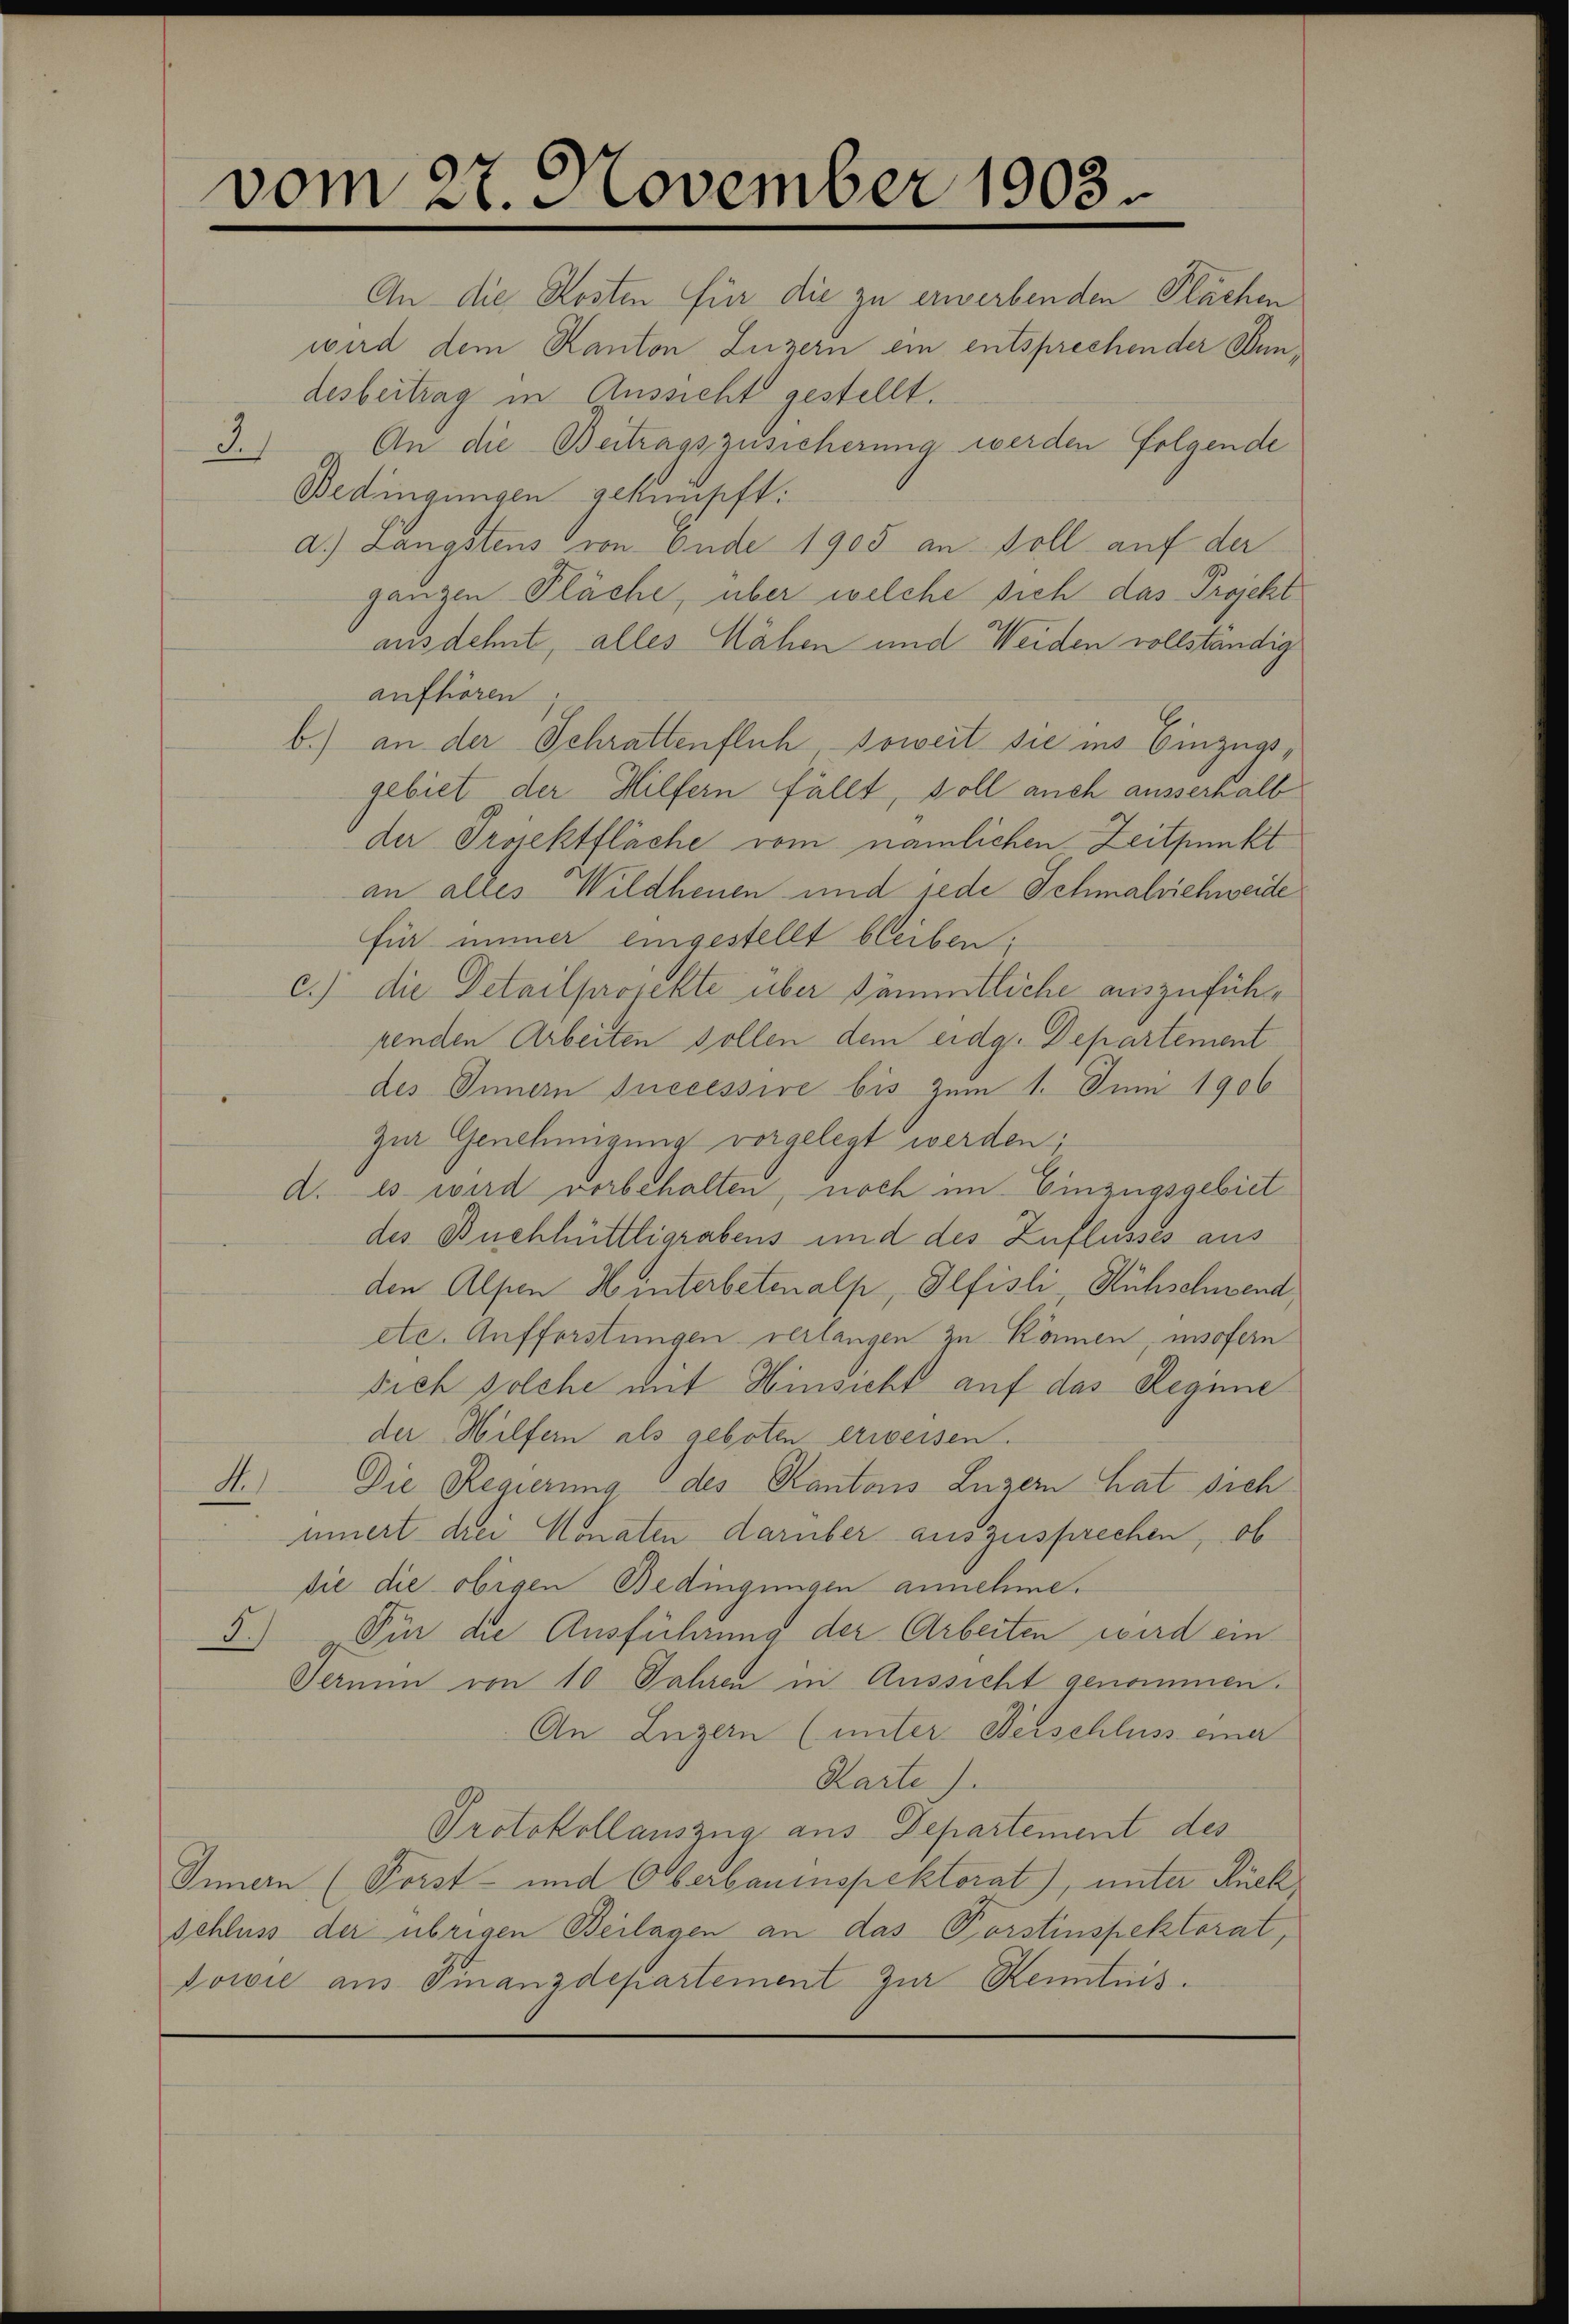
vom 27. November 1903.

An die Kosten für die zu erwerbenden Flächen
wird dem Kanton Luzern ein entsprechender Bundesbeitrag in Aussicht gestellt.
An die Beitragszusicherung werden folgende
Bedingungen geknüpft:
d.) Langstens von Ende 1905 an soll auf der
gangen Pläche, über welche sich das Projekt
ausdehnt, alles Nähen und Weiden vollständig
aufhören
b.) an der Schrattenfluh, soweit sie ins Einzugsgebiet der Hilfern fällt, soll auch ausserhalb
der Projektfläche vom nämlichen Zeitpunkt
an alles Wildheuen und jede Schmalschweide
für immer eingestellt bleiben;
c.) die Detailprojekte über sämmtliche auszuführrenden Arbeiten sollen dem eidg. Departement
des Innern successive bis zum 1. Juni 1906
Zur Genehmigung vorgelegt werden;
d. Es wird vorbehalten, noch im Einzugsgebiet
des Buchhüttligrabens und des Zuflusses aus
den Alpen Hinterbetenalp, Olfisli, Rühschwend
etc. Aufforstungen verlangen zu können, insofern
dich solche mit Hinsicht auf das Regime
der Hilfern als geboten erweisen.
Die Regierung des Kantons Luzern hat sich
A.)
innert drei Monaten darüber auszusprechen, ob
die die obigen Bedingungen annehme.
5.) Für die Ausführung der Arbeiten wird ein
Termin von 10 Jahren in Aussicht genommen.
An Luzern (unter Berschluss einer
Karte).
Protokollauszug aus Departement des
Innern (Forst- und Oberbauinspektorat), unter Rückschluss der übrigen Beilagen an das Forstinspektorat,
Dowie aus Finanzdepartement zur Kenntnis.

3.